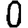
Digit: 0